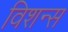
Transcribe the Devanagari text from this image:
विशन्स